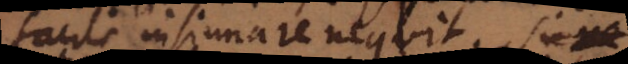
facile insinuare nequit. Si